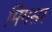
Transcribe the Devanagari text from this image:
मिंगसर